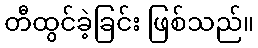
တီထွင်ခဲ့ခြင်း ဖြစ်သည်။